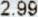
2.99